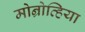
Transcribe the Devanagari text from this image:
मोन्रोव्हिया